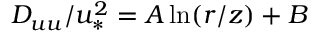
D _ { u u } / u _ { * } ^ { 2 } = A \ln ( r / z ) + B